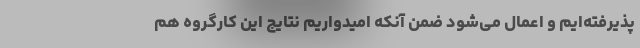
پذیرفته‌ایم و اعمال می‌شود ضمن آنکه امیدواریم نتایج این کارگروه هم